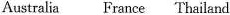
Australia France Thailand